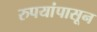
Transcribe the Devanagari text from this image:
रुपयांपासून